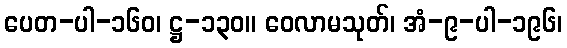
ပေတ-ပါ-၁၆၀၊ ဋ္ဌ-၁၃၀။ ဝေလာမသုတ်၊ အံ-၉-ပါ-၁၉၆၊